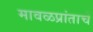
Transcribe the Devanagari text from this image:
मावळप्रांताचे